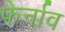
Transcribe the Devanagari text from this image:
फेर्नाव